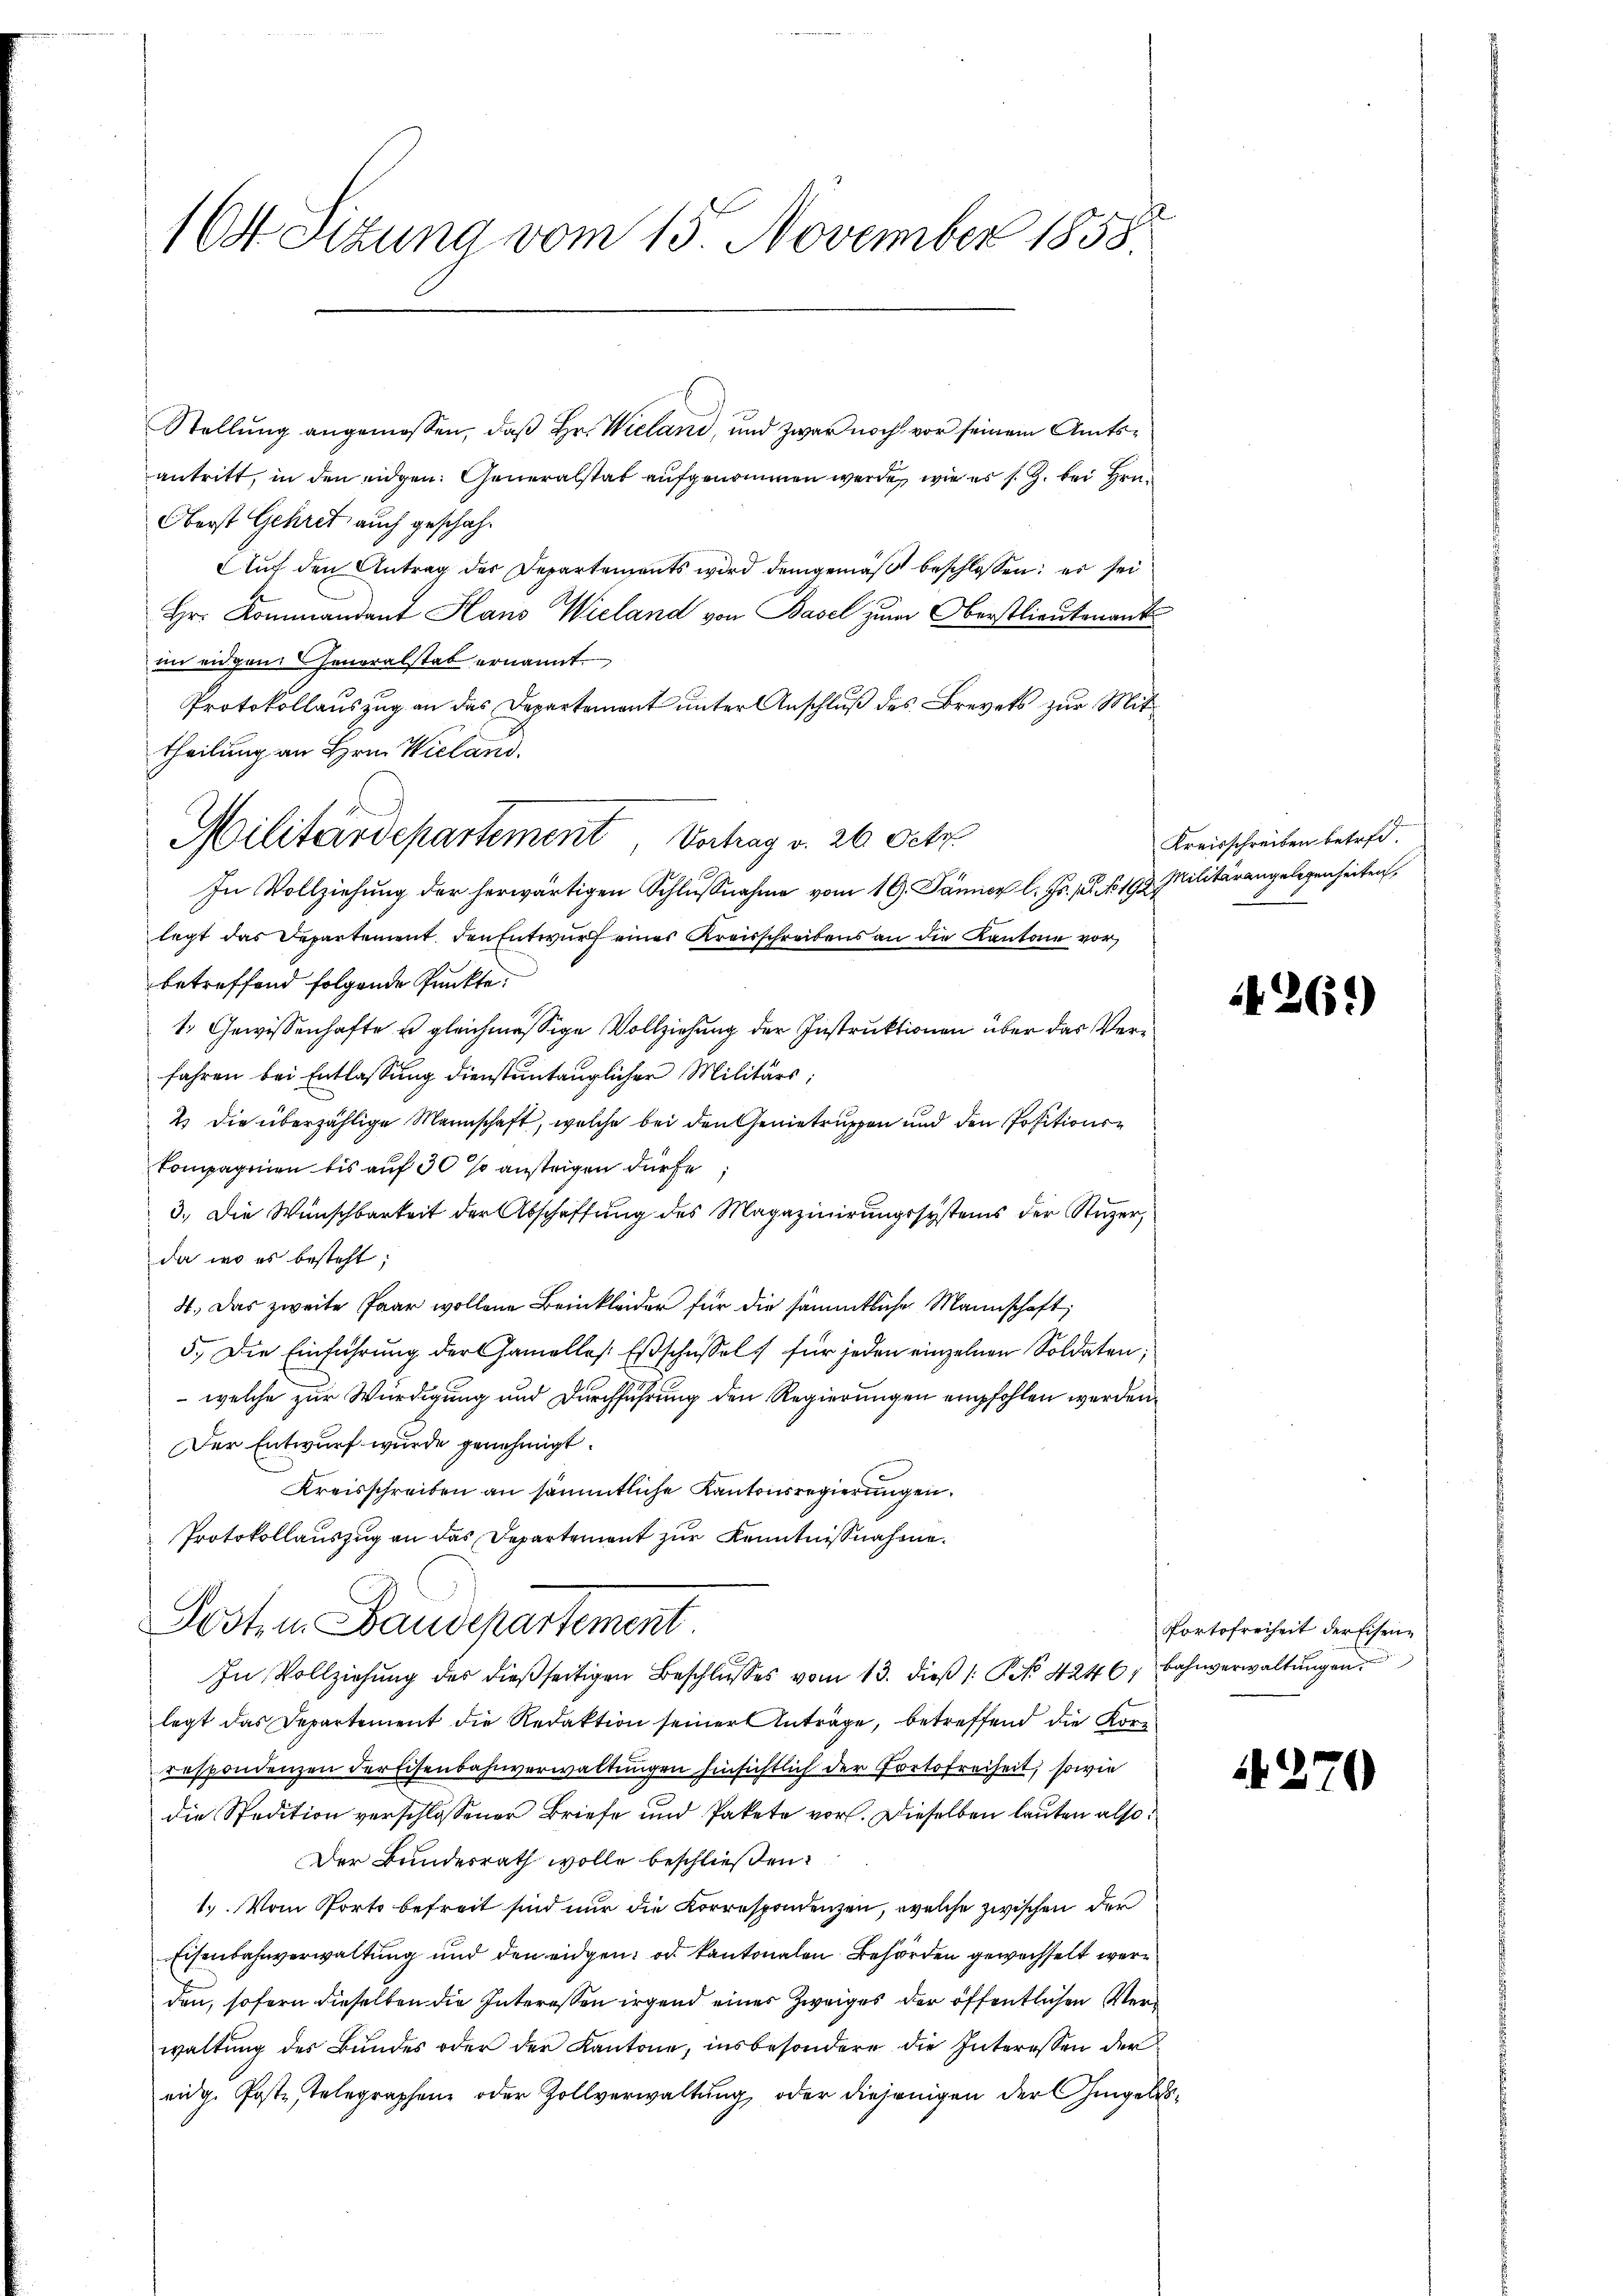
164 Sizung vom 15. November 1858.

Stellŭng angemessen, daβ hr. Wieland, und zwar noch vor seinem Amts-
antritt, in den eidgen: Generalstat aufgenommen werde, wie es s. Z. bei Hrn.
Oberst Gehret auch geschah.
Auf den Antrag der Departements wird demgemäß beschlossen; er sei
Hr. Kommandant Hans Wieland von Basel zum Oberstlieutenant
im eidgen Generalstab ernannt.
Protokollauszug an das Departement unter Anschluß des Brevets zur Mittheilung an Hrn. Wieland.
In Vollziehung der herwärtigen Schlußnahme vom 19. Jänner l. Js. pr. No. 192 Militärangelegenheiten,
legt das Departement den Entwurf eines Kreisschreibens an die Kantone vor
betreffend folgende Punkte.
1. Gewissenhafte u gleichmässige Vollziehung der Instruktionen über das Verfahren bei Entlassung dienstuntauglicher Militärs;
2) Die überzählige Mannschaft, welche bei den Genietruppen und den Positionskompagnien bis auf 30 % anstrigen dürfe
3.) Die Wünschbarkeit der Abschaffung des Magazinirungssystems der Stuzer,
da, wo es besteht;
4. Das zweite Paar wollene Beinkleider für die sämmtliche Mannschaft,
5. Die Einführung der Gamellos. Esschüssel für jeden einzelnen Soldaten,
 welche zur Würdigung und Durchführung den Regierungen empfohlen werden.
Der Entwurf wurde genehmigt.
Kreisschreiben an sämmtliche Kantonsregierungen.
Protokollauszug an das Departement zur Kenntnißnahme.
Posten Baudepartement.
In Vollziehung des dießseitigen Beschlusses vom 13. dieß (: No 4246, Bahnverwaltungen
legt das Departement die Redaktion seiner Anträge, betreffend die Korrrspondenzen derfisenbahnverwaltungen hinsichtlich der Portofreiheit, sowie
die Spedition verschlossener Briefe und Pakete vor. Dieselben lauten also
Der Bundesrath wolle beschließen:
1.) Vom Porto befreit sind nur die Korrespondenzen, welche zwischen der
Eisenbahnverwaltung und den eidgen, od. Kantonalen Behörden gewechselt werden, sofern dieselben die Interessen irgend eines Zweiges der öffentlichen Verwaltung des Bundes oder der Kantone, insbesondere die Interessen der
eidg. Post stelegraphene oder Zollverwaltung oder diejenigen der hingels¬

Militärdepartement, Vortrag v. 26. Octo

Kreisschreiben betref¬

¬

2

1261)

Portofreiheit der Eisen¬

)